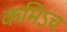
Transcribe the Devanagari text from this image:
कमिऽच